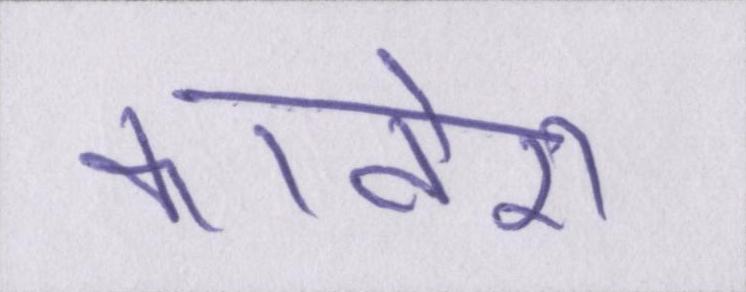
कावेरी